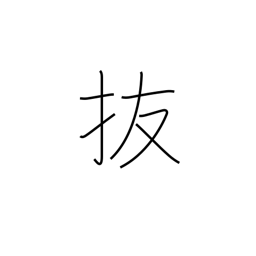
Meaning: omit